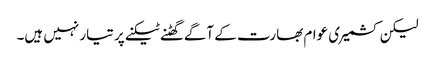
لیکن کشمیری عوام بھارت کے آگے گھٹنے ٹیکنے پر تیار نہیں ہیں۔